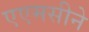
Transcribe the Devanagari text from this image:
एएमसीने